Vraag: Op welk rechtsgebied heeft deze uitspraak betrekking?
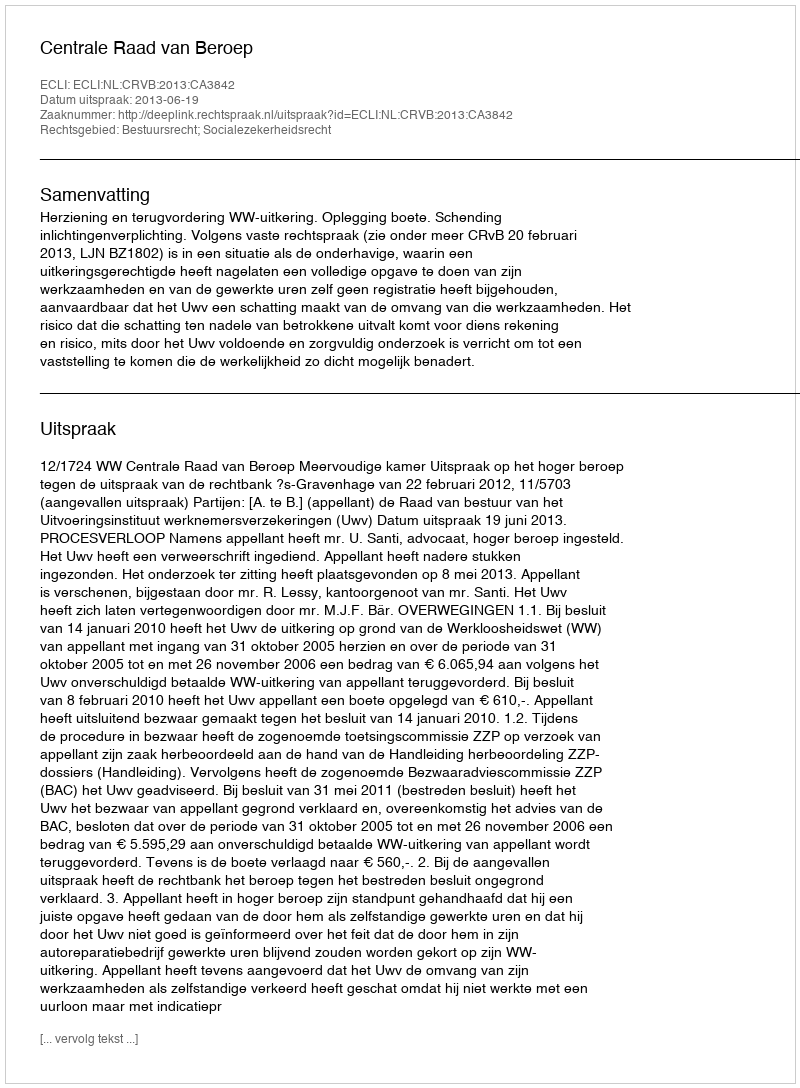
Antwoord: Bestuursrecht; Socialezekerheidsrecht